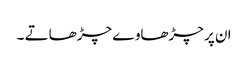
ان پر چڑھاوے چڑھاتے ۔